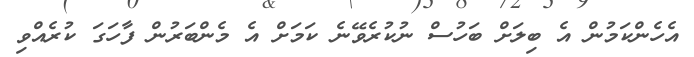
އެހެންކަމުން އެ ބިލަށް ބަހުސް ނުކުރެވޭނެ ކަމަށް އެ މެންބަރުން ފާހަގަ ކުރެއްވި